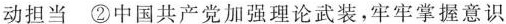
动担当②中国共产党加强理论武装，牢牢掌握意识